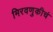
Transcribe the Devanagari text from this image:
मिरवणुकीचं